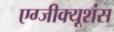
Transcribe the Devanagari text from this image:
एग्जीक्यूशंस